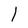
Character: l